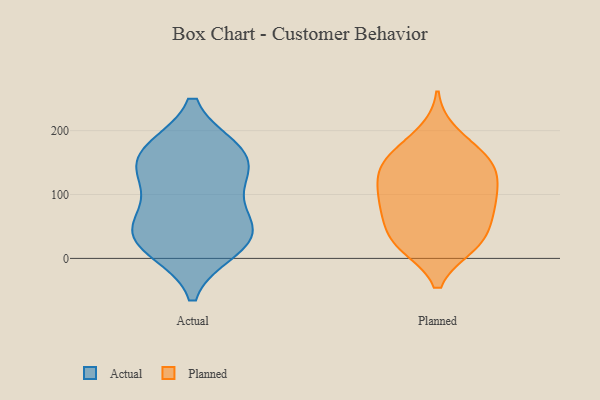
{"axis": {"x": "LTV (USD)", "y": "Value"}, "legend": ["Actual", "Planned"], "data": [{"x": "", "y": 65, "type": "Actual"}, {"x": "", "y": 169, "type": "Actual"}, {"x": "", "y": 17, "type": "Actual"}, {"x": "", "y": 169, "type": "Actual"}, {"x": "", "y": 130, "type": "Actual"}, {"x": "", "y": 14, "type": "Actual"}, {"x": "", "y": 45, "type": "Actual"}, {"x": "", "y": 49, "type": "Actual"}, {"x": "", "y": 170, "type": "Actual"}, {"x": "", "y": 112, "type": "Actual"}, {"x": "", "y": 34, "type": "Actual"}, {"x": "", "y": 142, "type": "Actual"}, {"x": "", "y": 139, "type": "Planned"}, {"x": "", "y": 195, "type": "Planned"}, {"x": "", "y": 164, "type": "Planned"}, {"x": "", "y": 85, "type": "Planned"}, {"x": "", "y": 92, "type": "Planned"}, {"x": "", "y": 75, "type": "Planned"}, {"x": "", "y": 116, "type": "Planned"}, {"x": "", "y": 30, "type": "Planned"}, {"x": "", "y": 128, "type": "Planned"}, {"x": "", "y": 98, "type": "Planned"}, {"x": "", "y": 20, "type": "Planned"}, {"x": "", "y": 20, "type": "Planned"}, {"x": "", "y": 144, "type": "Planned"}, {"x": "", "y": 167, "type": "Planned"}, {"x": "", "y": 146, "type": "Planned"}, {"x": "", "y": 21, "type": "Planned"}, {"x": "", "y": 68, "type": "Planned"}, {"x": "", "y": 49, "type": "Planned"}]}